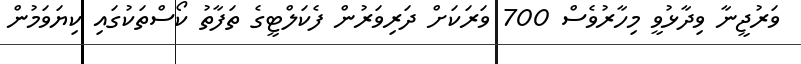
ވަރުޖީނާ ވިދާޅުވީ މިހާރުވެސް 700 ވަރަކަށް ދަރިވަރުން ފެކަލްޓީގެ ތަފާތު ކޯސްތަކުގައި ކިޔަވަމުން